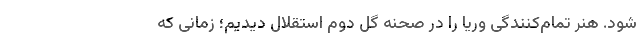
شود. هنر تمام‌کنندگی وریا را در صحنه گل دوم استقلال دیدیم؛ زمانی که